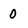
Character: 0